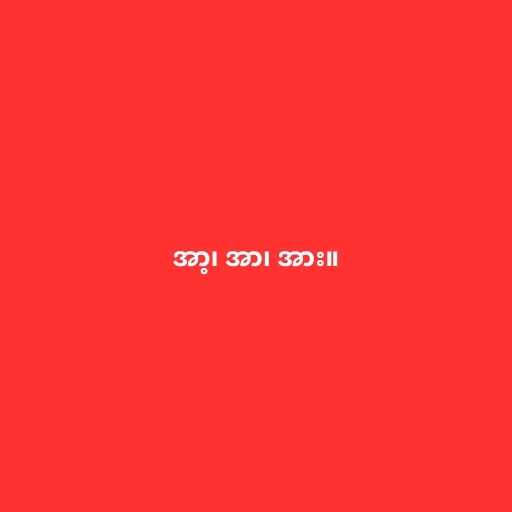
အာ့၊ အာ၊ အား။